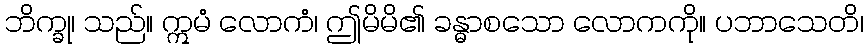
ဘိက္ခု၊ သည်။ ဣမံ လောကံ၊ ဤမိမိ၏ ခန္ဓာစသော လောကကို။ ပဘာသေတိ၊